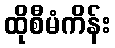
ထိုစီမံကိန်း